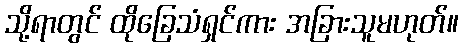
သို့ရာတွင် ထိုခြေသံရှင်ကား အခြားသူမဟုတ်။